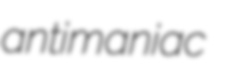
antimaniac